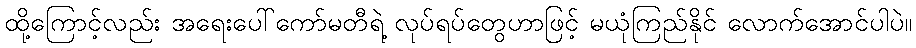
ထို့ကြောင့်လည်း အရေးပေါ်ကော်မတီရဲ့ လုပ်ရပ်တွေဟာဖြင့် မယုံကြည်နိုင် လောက်အောင်ပါပဲ။